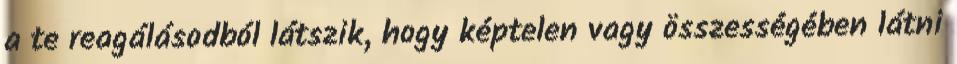
a te reagálásodból látszik, hogy képtelen vagy összességében látni